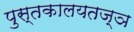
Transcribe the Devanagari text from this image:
पुस्तकालयतज्ञ